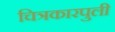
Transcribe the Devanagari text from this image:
चित्रकारपुली